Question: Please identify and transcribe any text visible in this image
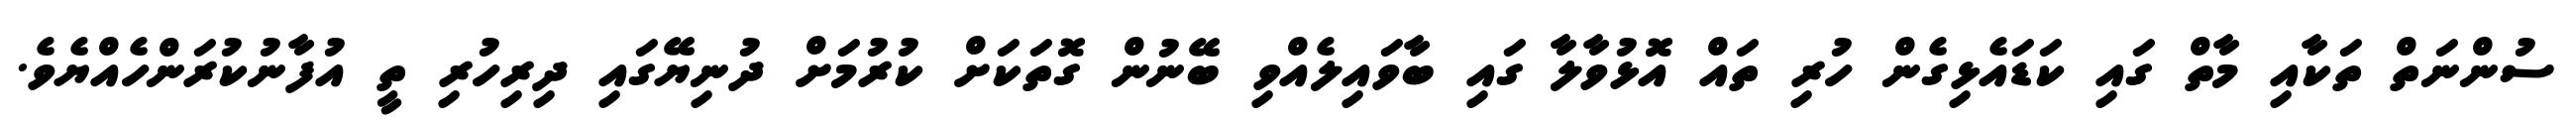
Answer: ސުންނަތް ތަކާއި މާތް ގައި ކަޑައެޅިގެން ހުރި ތައް އޮޅުވާލާ ގައި ބާވައިލެއްވި ބޭނުން ގޮތަކަށް ކުރުމަށް ދުނިޔޭގައި ދިރިހުރި ތީ އުފާނުކުރަންހެއްޔެވެ.